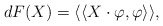
\begin{align*}dF(X) = \langle\langle X \cdot \varphi , \varphi \rangle\rangle,\end{align*}